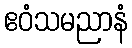
ဧဝံသမညာနံ